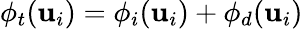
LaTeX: \phi_{t}(\mathbf{u}_{i})=\phi_{i}(\mathbf{u}_{i})+\phi_{d}(\mathbf{u}_{i})